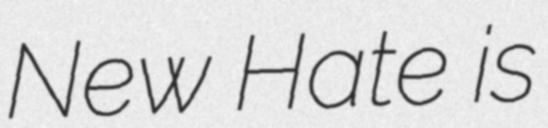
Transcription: New Hate is